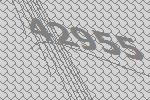
42955